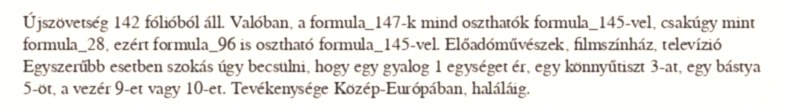
Újszövetség 142 fólióból áll. Valóban, a formula_147-k mind oszthatók formula_145-vel, csakúgy mint formula_28, ezért formula_96 is osztható formula_145-vel. Előadóművészek, filmszínház, televízió Egyszerűbb esetben szokás úgy becsülni, hogy egy gyalog 1 egységet ér, egy könnyűtiszt 3-at, egy bástya 5-öt, a vezér 9-et vagy 10-et. Tevékenysége Közép-Európában, haláláig.